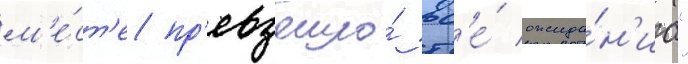
м'е́ст'е пр'евзошло́ вс'е́ ожида́н'иа"